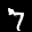
Label: 7